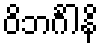
ဝိဘင်္ဂါနိ